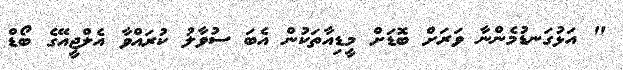
" އަޅުގަނޑުމެންނާ ވަރަށް ބޮޑަށް މީޑިއާތަކުން އެބަ ސުވާލު ކުރައްވާ އެލްޖީއޭގެ ބޯޑް